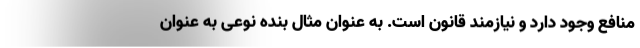
منافع وجود دارد و نیازمند قانون است. به عنوان مثال بنده نوعی به عنوان